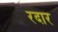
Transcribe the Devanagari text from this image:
रदार